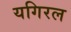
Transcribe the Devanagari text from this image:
यगिरल